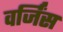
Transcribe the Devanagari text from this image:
वर्जिंस